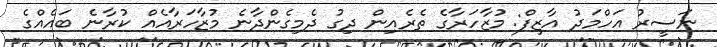
ނަސީރު އަހްމަދު އާޒިފް: މުޒާހަރާގެ ތެރެއިން ދިގު ދެމިގެންދާނެ މުޒާހަރާއެއް ކުރާނެ ބައެއްގެ